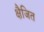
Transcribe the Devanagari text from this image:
क्षैजित